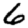
Digit: 6